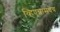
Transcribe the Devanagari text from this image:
व्हिएन्नामधेच